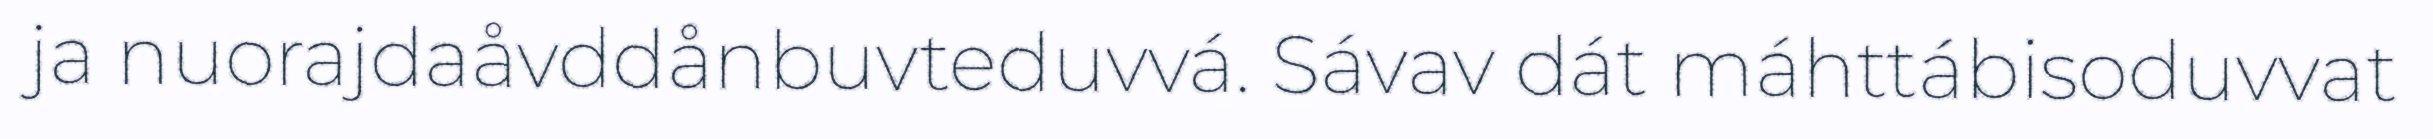
ja nuorajdaåvddånbuvteduvvá. Sávav dát máhttábisoduvvat